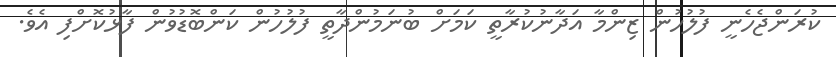
ކުރަންޖެހެނީ ފުލުހުން ޒިންމާ އަދާނުކުރާތީ ކަމަށް ބުނަމުންދާތީ ފުލުހުން ކަންބޮޑުވުން ފާޅުކޮށްފި އެވެ.